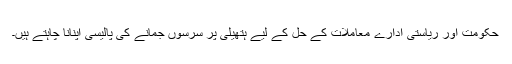
حکومت اور ریاستی ادارے معاملات کے حل کے لیے ہتھیلی پر سرسوں جمانے کی پالیسی اپنانا چاہتے ہیں۔